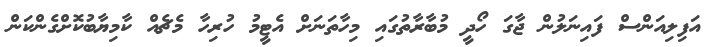
އަފިލިއަންސް ފައިނަލުން ޖާގަ ހޯދީ މުބާރާތުގައި މިހާތަނަށް އެޓީމު ހުރިހާ މެޗެއް ކާމިޔާބުކޮށްގެންކަން